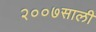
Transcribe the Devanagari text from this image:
२००७साली